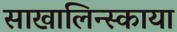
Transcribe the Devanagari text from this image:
साखालिन्स्काया